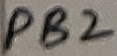
Text: PB2